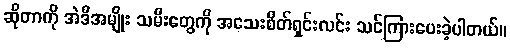
ဆိုတာကို အဲဒီအမျိုး သမီးတွေကို အသေးစိတ်ရှင်းလင်း သင်ကြားပေးခဲ့ပါတယ်။